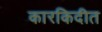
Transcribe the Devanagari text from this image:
कारकिदीत